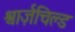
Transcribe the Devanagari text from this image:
श्वार्ज़चिल्ड